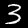
Digit: 3